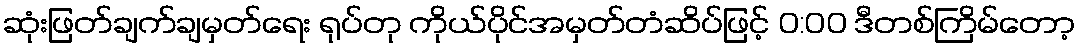
ဆုံးဖြတ်ချက်ချမှတ်ရေး ရုပ်တု ကိုယ်ပိုင်အမှတ်တံဆိပ်ဖြင့် 0:00 ဒီတစ်ကြိမ်တော့